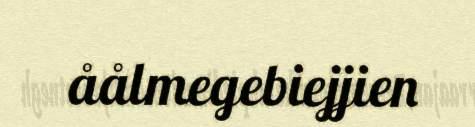
åålmegebiejjien